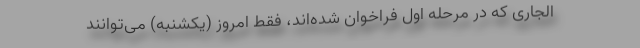
الجاری که در مرحله اول فراخوان شده‌اند، فقط امروز (یکشنبه) می‌توانند